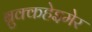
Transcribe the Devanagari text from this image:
ब्रुक्कहेइमेर